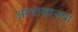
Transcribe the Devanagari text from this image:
अस्त्राखानचा